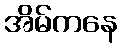
အိမ်ကနေ